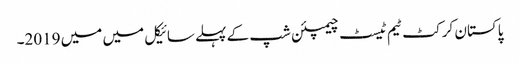
پاکستان کرکٹ ٹیم ٹیسٹ چیمپئن شپ کے پہلے سائیکل میں میں 2019۔